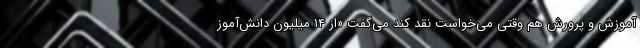
آموزش و پرورش هم وقتی می‌خواست نقد کند می‌گفت «از ۱۴ میلیون دانش‌آموز